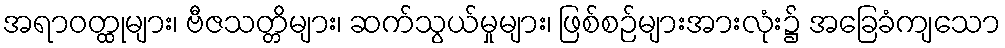
အရာဝတ္ထုများ၊ ဗီဇသတ္တိများ၊ ဆက်သွယ်မှုများ၊ ဖြစ်စဉ်များအားလုံး၌ အခြေခံကျသော